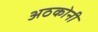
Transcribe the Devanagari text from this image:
अठकोनी